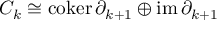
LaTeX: C _ { k } \cong \operatorname { c o k e r } \partial _ { k + 1 } \oplus \operatorname { i m } \partial _ { k + 1 }